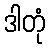
ဒါတုံ